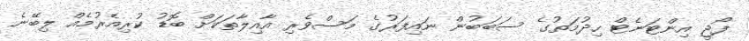
ފޯޖީ އިންޓަނެޓް ހިދުމަތުގެ ސަބަބުން ނައިފަރުގެ މަސްވެރި އާއިލާތަކަށް ބޮޑު ކުރިއެރުމެއް ލިބޭނެ